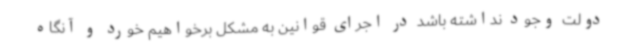
دولت وجود نداشته باشد در اجرای قوانین به مشکل برخواهیم خورد و آنگاه